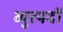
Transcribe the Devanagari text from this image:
व्युत्पदों